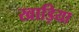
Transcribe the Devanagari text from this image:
खाड़िया